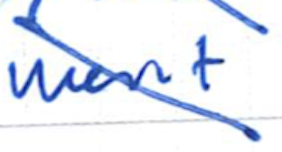
Text: went
Cross-out: diagonal
Writing tool: ballpoint